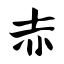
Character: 赤